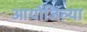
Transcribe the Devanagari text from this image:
आयोजिल्या